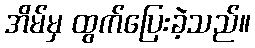
အိမ်မှ ထွက်ပြေးခဲ့သည်။